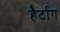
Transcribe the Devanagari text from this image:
हैर्टाग